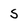
Character: s